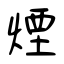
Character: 煙